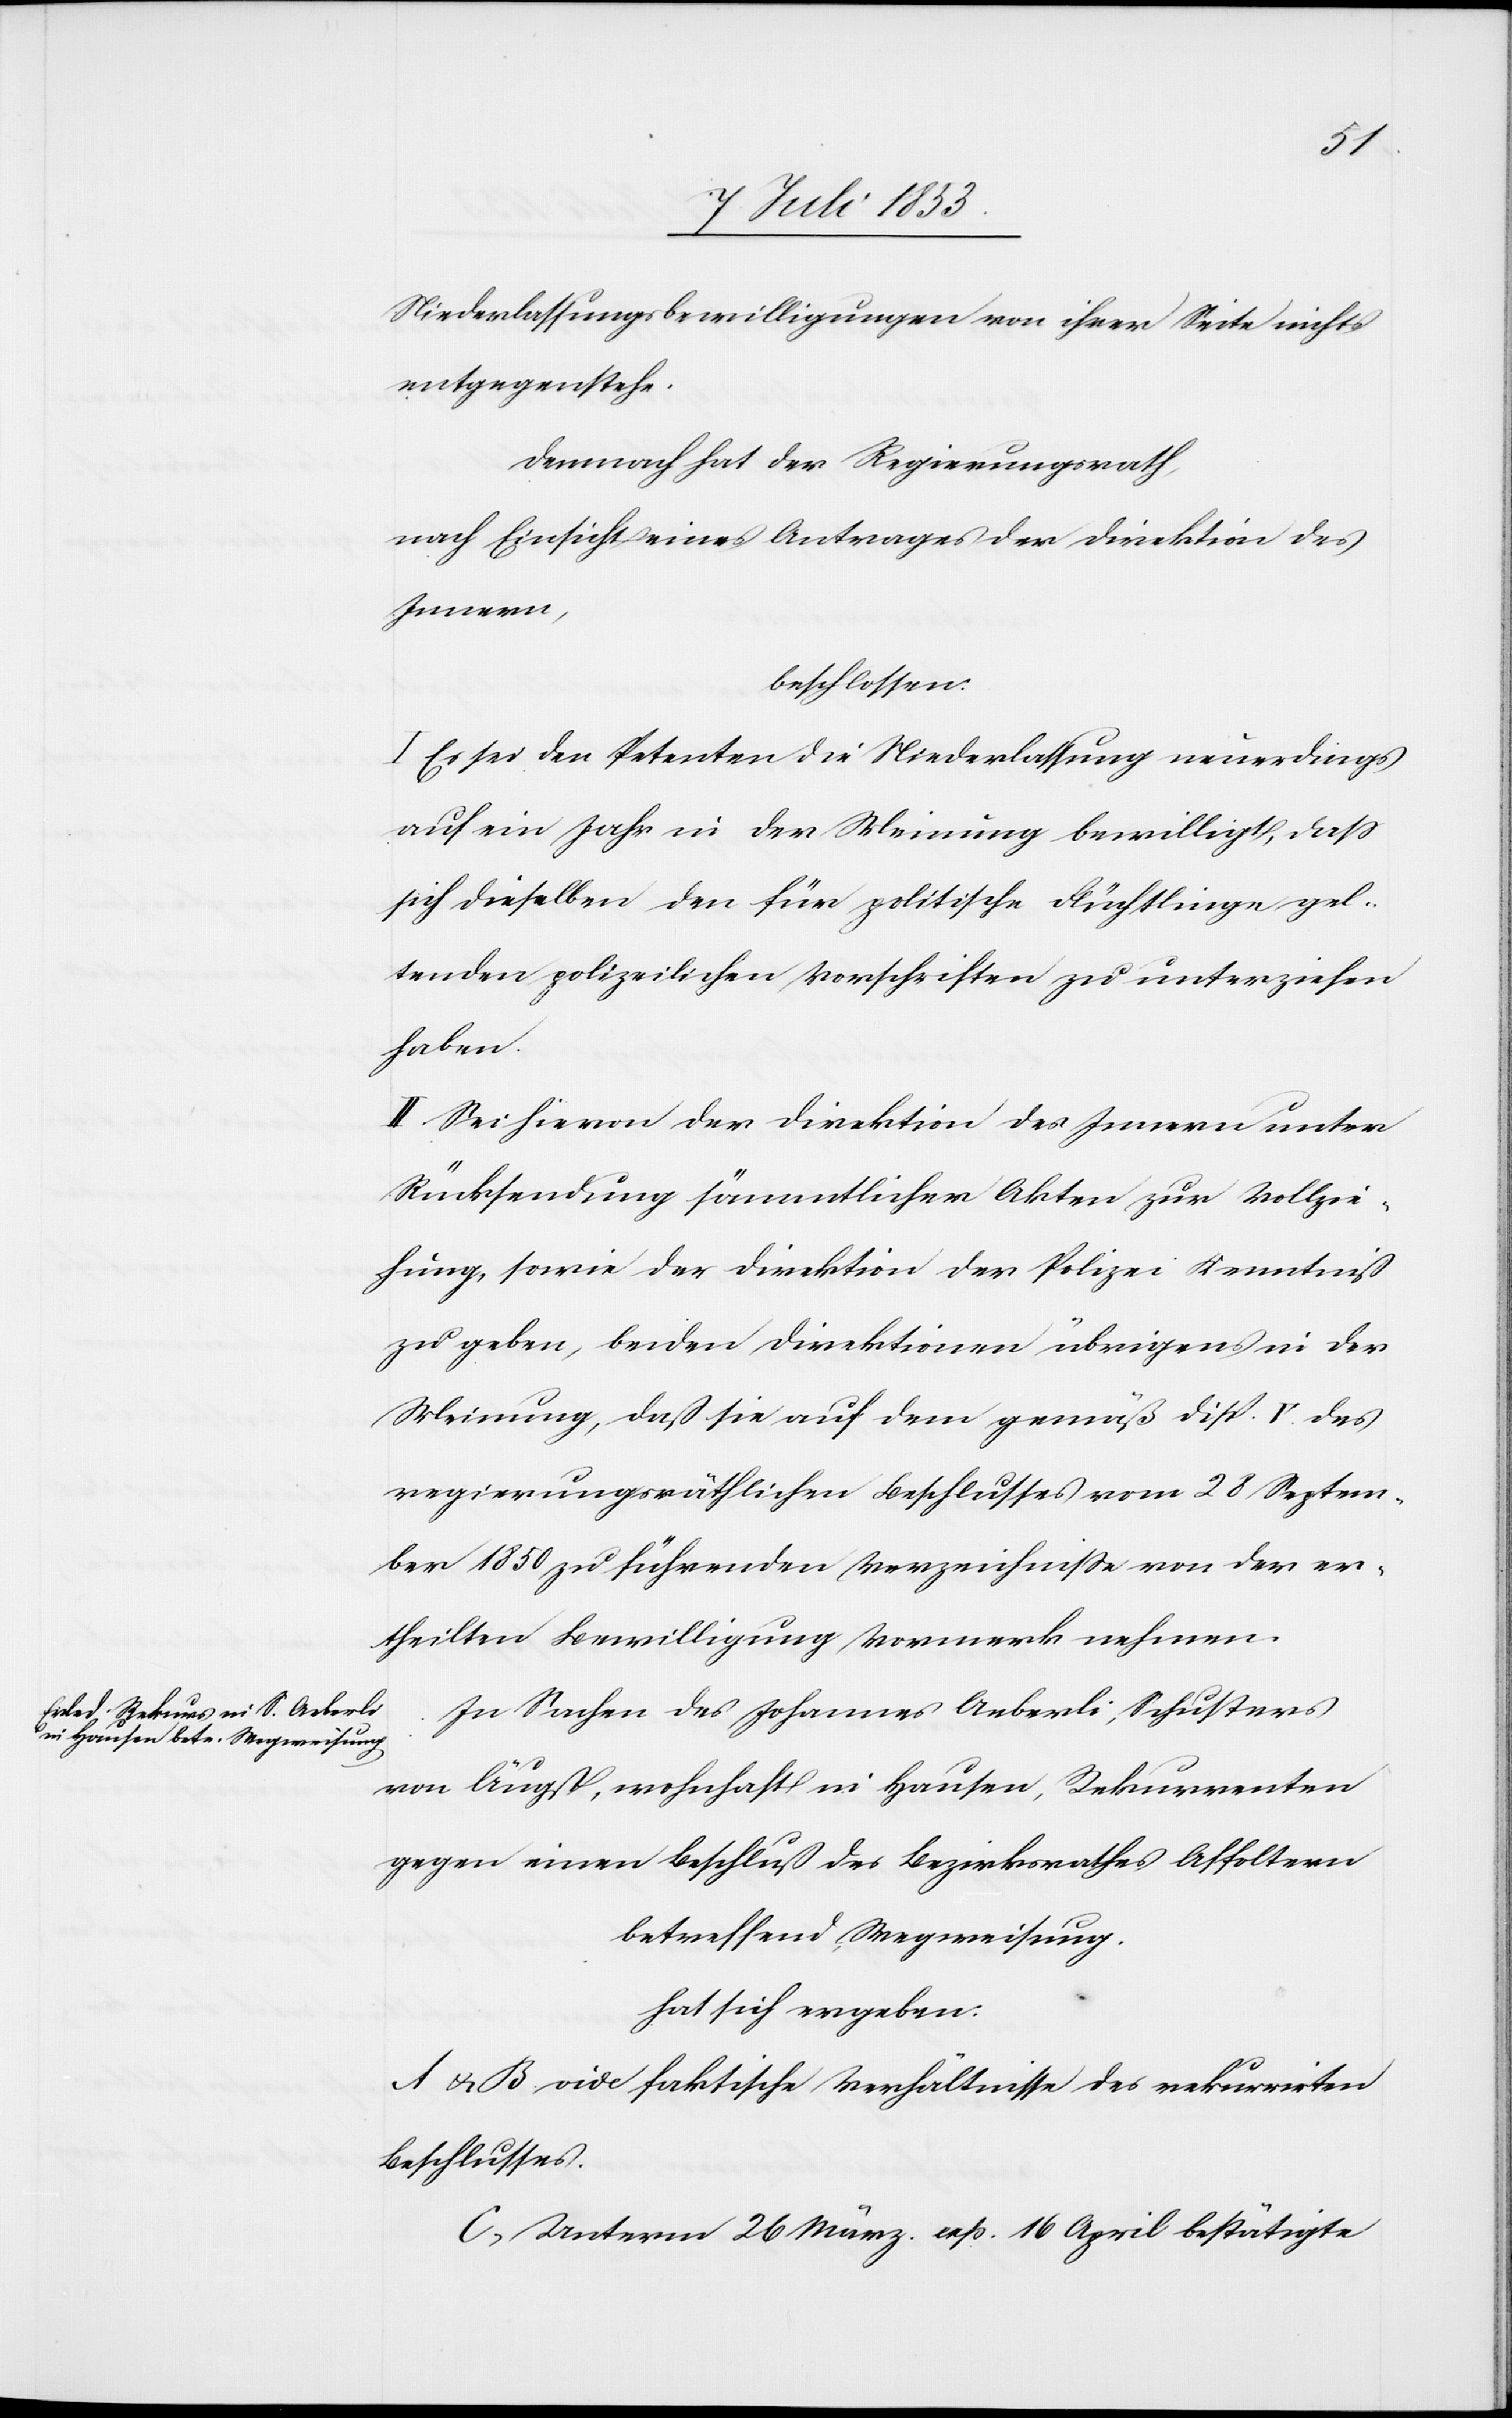
Niederlassungsbewilligungen von ihrer Seite nichts
entgegenstehe.
Demnach hat der Regierungsrath,
nach Einsicht eines Antrages der Direktion des
Innern,
beschlossen:
I. Es sei den Petenten die Niederlassung neuerdings
auf ein Jahr in der Meinung bewilligt, daß
sich dieselben den für politische Flüchtlinge gel¬
tenden polizeilichen Vorschriften zu unterziehen
haben.
II. Sei hievon der Direktion des Innern unter
Rücksendung sämmtlicher Akten zur Vollzie¬
hung, sowie der Direktion der Polizei Kenntniß
zu geben, beiden Direktionen übrigens in der
Meinung, daß sie auf dem gemäß Disp. V. des
regierungsräthlichen Beschlusses vom 28 Septem¬
ber 1850 zu führenden Verzeichnisse von der er¬
theilten Bewilligung Vormerk zu nehmen.
In Sachen des Johannes Aeberli, Schusters
von Äugst, wohnhaft in Hausen, Rekurrenten
gegen einen Beschluß des Bezirksrathes Affoltern
betreffend Wegweisung.
hat sich ergeben:
A u. B vide faktische Verhältnisse des rekurrirten
Beschlusses.
C, Unterm 26 März resp. 16 April bestätigte